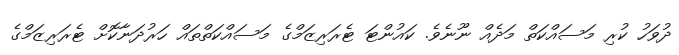
ދުވަހު ކުރި މަސައްކަތް މަދެއް ނޫނެވެ. ކައުންޓަ ޓެރަރިޒަމްގެ މަސައްކަތްތައް ހަރުދަނާކޮށް ޓެރަރިޒަމްގެ